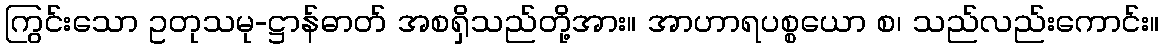
ကြွင်းသော ဥတုသမု-ဋ္ဌာန်ဓာတ် အစရှိသည်တို့အား။ အာဟာရပစ္စယော စ၊ သည်လည်းကောင်း။